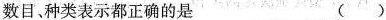
数目、种类表示都正确的是 ()